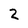
Character: Z